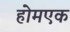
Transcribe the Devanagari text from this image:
होमएक